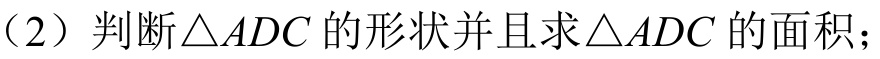
（2）判断\(\triangle ADC\)的形状并且求\(\triangle ADC\)的面积；